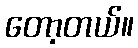
တော့တယ်။